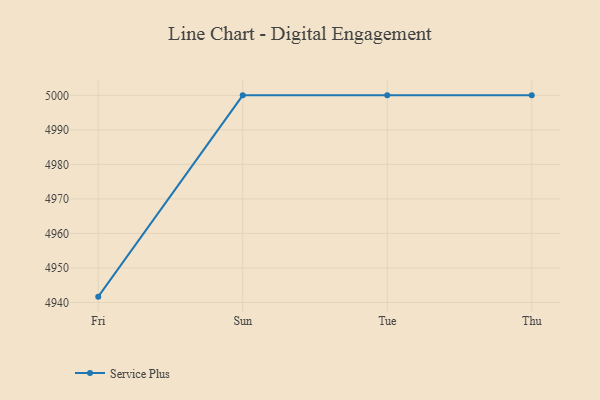
{"axis": {"x": "Day", "y": "Page Views"}, "legend": ["Service Plus"], "data": [{"x": "Fri", "y": 4941.7, "type": "Service Plus"}, {"x": "Sun", "y": 5000, "type": "Service Plus"}, {"x": "Tue", "y": 5000, "type": "Service Plus"}, {"x": "Thu", "y": 5000, "type": "Service Plus"}]}